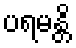
ပရမန္တိ